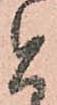
と